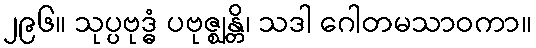
၂၉၆။ သုပ္ပဗုဒ္ဓံ ပဗုဇ္ဈန္တိ၊ သဒါ ဂေါတမသာဝကာ။